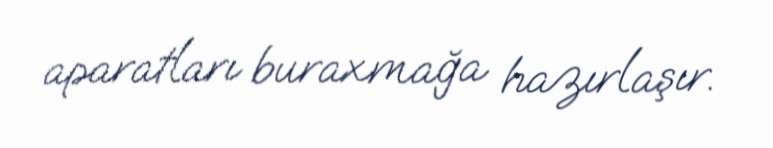
aparatları buraxmağa hazırlaşır.